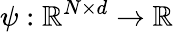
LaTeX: \psi:\mathbb{R}^{N\times d}\to\mathbb{R}